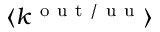
\langle k ^ { \mathrm { ~ o ~ u ~ t ~ / ~ u ~ u ~ } } \rangle